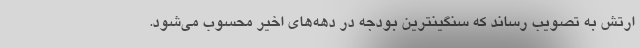
ارتش به تصویب رساند که سنگینترین بودجه در دهه‌های اخیر محسوب می‌شود.